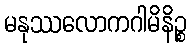
မနုဿလောကဂါမိနိဉ္စ